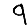
Digit: 9